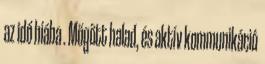
az idő hiába . Mögött halad, és aktív kommunikáció